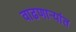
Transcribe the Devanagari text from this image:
वाढणार्‍यांत